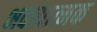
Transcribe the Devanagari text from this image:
भक्त्यात्मक